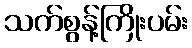
သက်စွန့်ကြိုးပမ်း